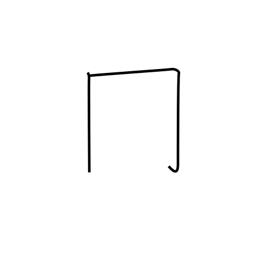
Meaning: upside-down box radical (no. 13)